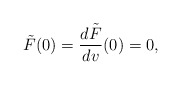
\begin{align*} \tilde{F}(0)=\frac{d\tilde{F}}{dv}(0)=0,\end{align*}